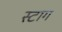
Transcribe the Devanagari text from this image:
स्टाग